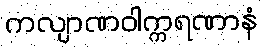
ကလျာဏဝါက္ကရဏာနံ